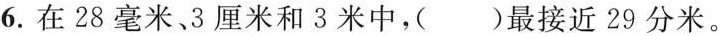
6.在28毫米、3厘米和3米中，( )最接近29分米。